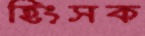
হিংসক